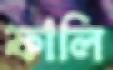
ফালি